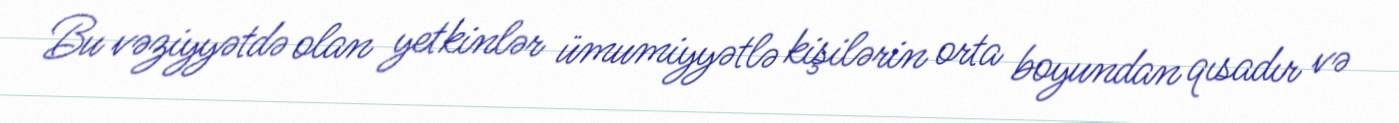
Bu vəziyyətdə olan yetkinlər ümumiyyətlə kişilərin orta boyundan qısadır və